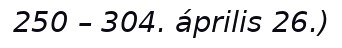
250 – 304. április 26.)